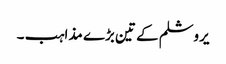
یروشلم کے تین بڑے مذاہب ۔